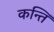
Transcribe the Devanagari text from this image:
कर्न्ति